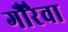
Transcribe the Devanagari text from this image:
गौरैवा